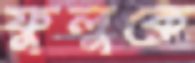
ফুলুকে